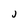
Character: j